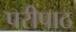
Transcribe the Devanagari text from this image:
परीपाठ